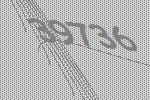
39736